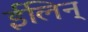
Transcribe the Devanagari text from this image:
ईलिन्